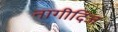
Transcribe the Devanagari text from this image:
नागीदिज